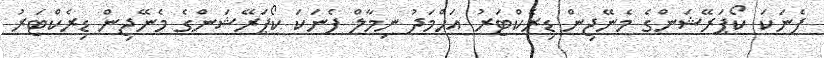
ފެނަކަ ކޯޕަރޭޝަންގެ މެނޭޖިން ޑިރެކްޓަރު އަހްމަދު ނިމާލް ފެނަކަ ކޯޕަރޭޝަންގެ މެނޭޖިން ޑިރެކްޓަރު